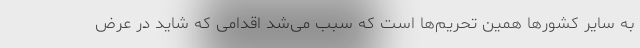
به سایر کشورها همین تحریم‌ها است که سبب می‌شد اقدامی که شاید در عرض